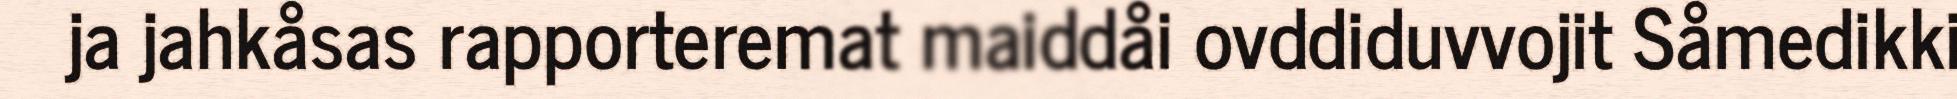
ja jahkåsas rapporteremat maiddåi ovddiduvvojit Såmedikki